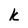
Character: k